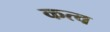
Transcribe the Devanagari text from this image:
कत्व